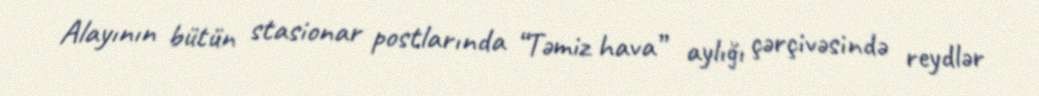
Alayının bütün stasionar postlarında “Təmiz hava” aylığı çərçivəsində reydlər